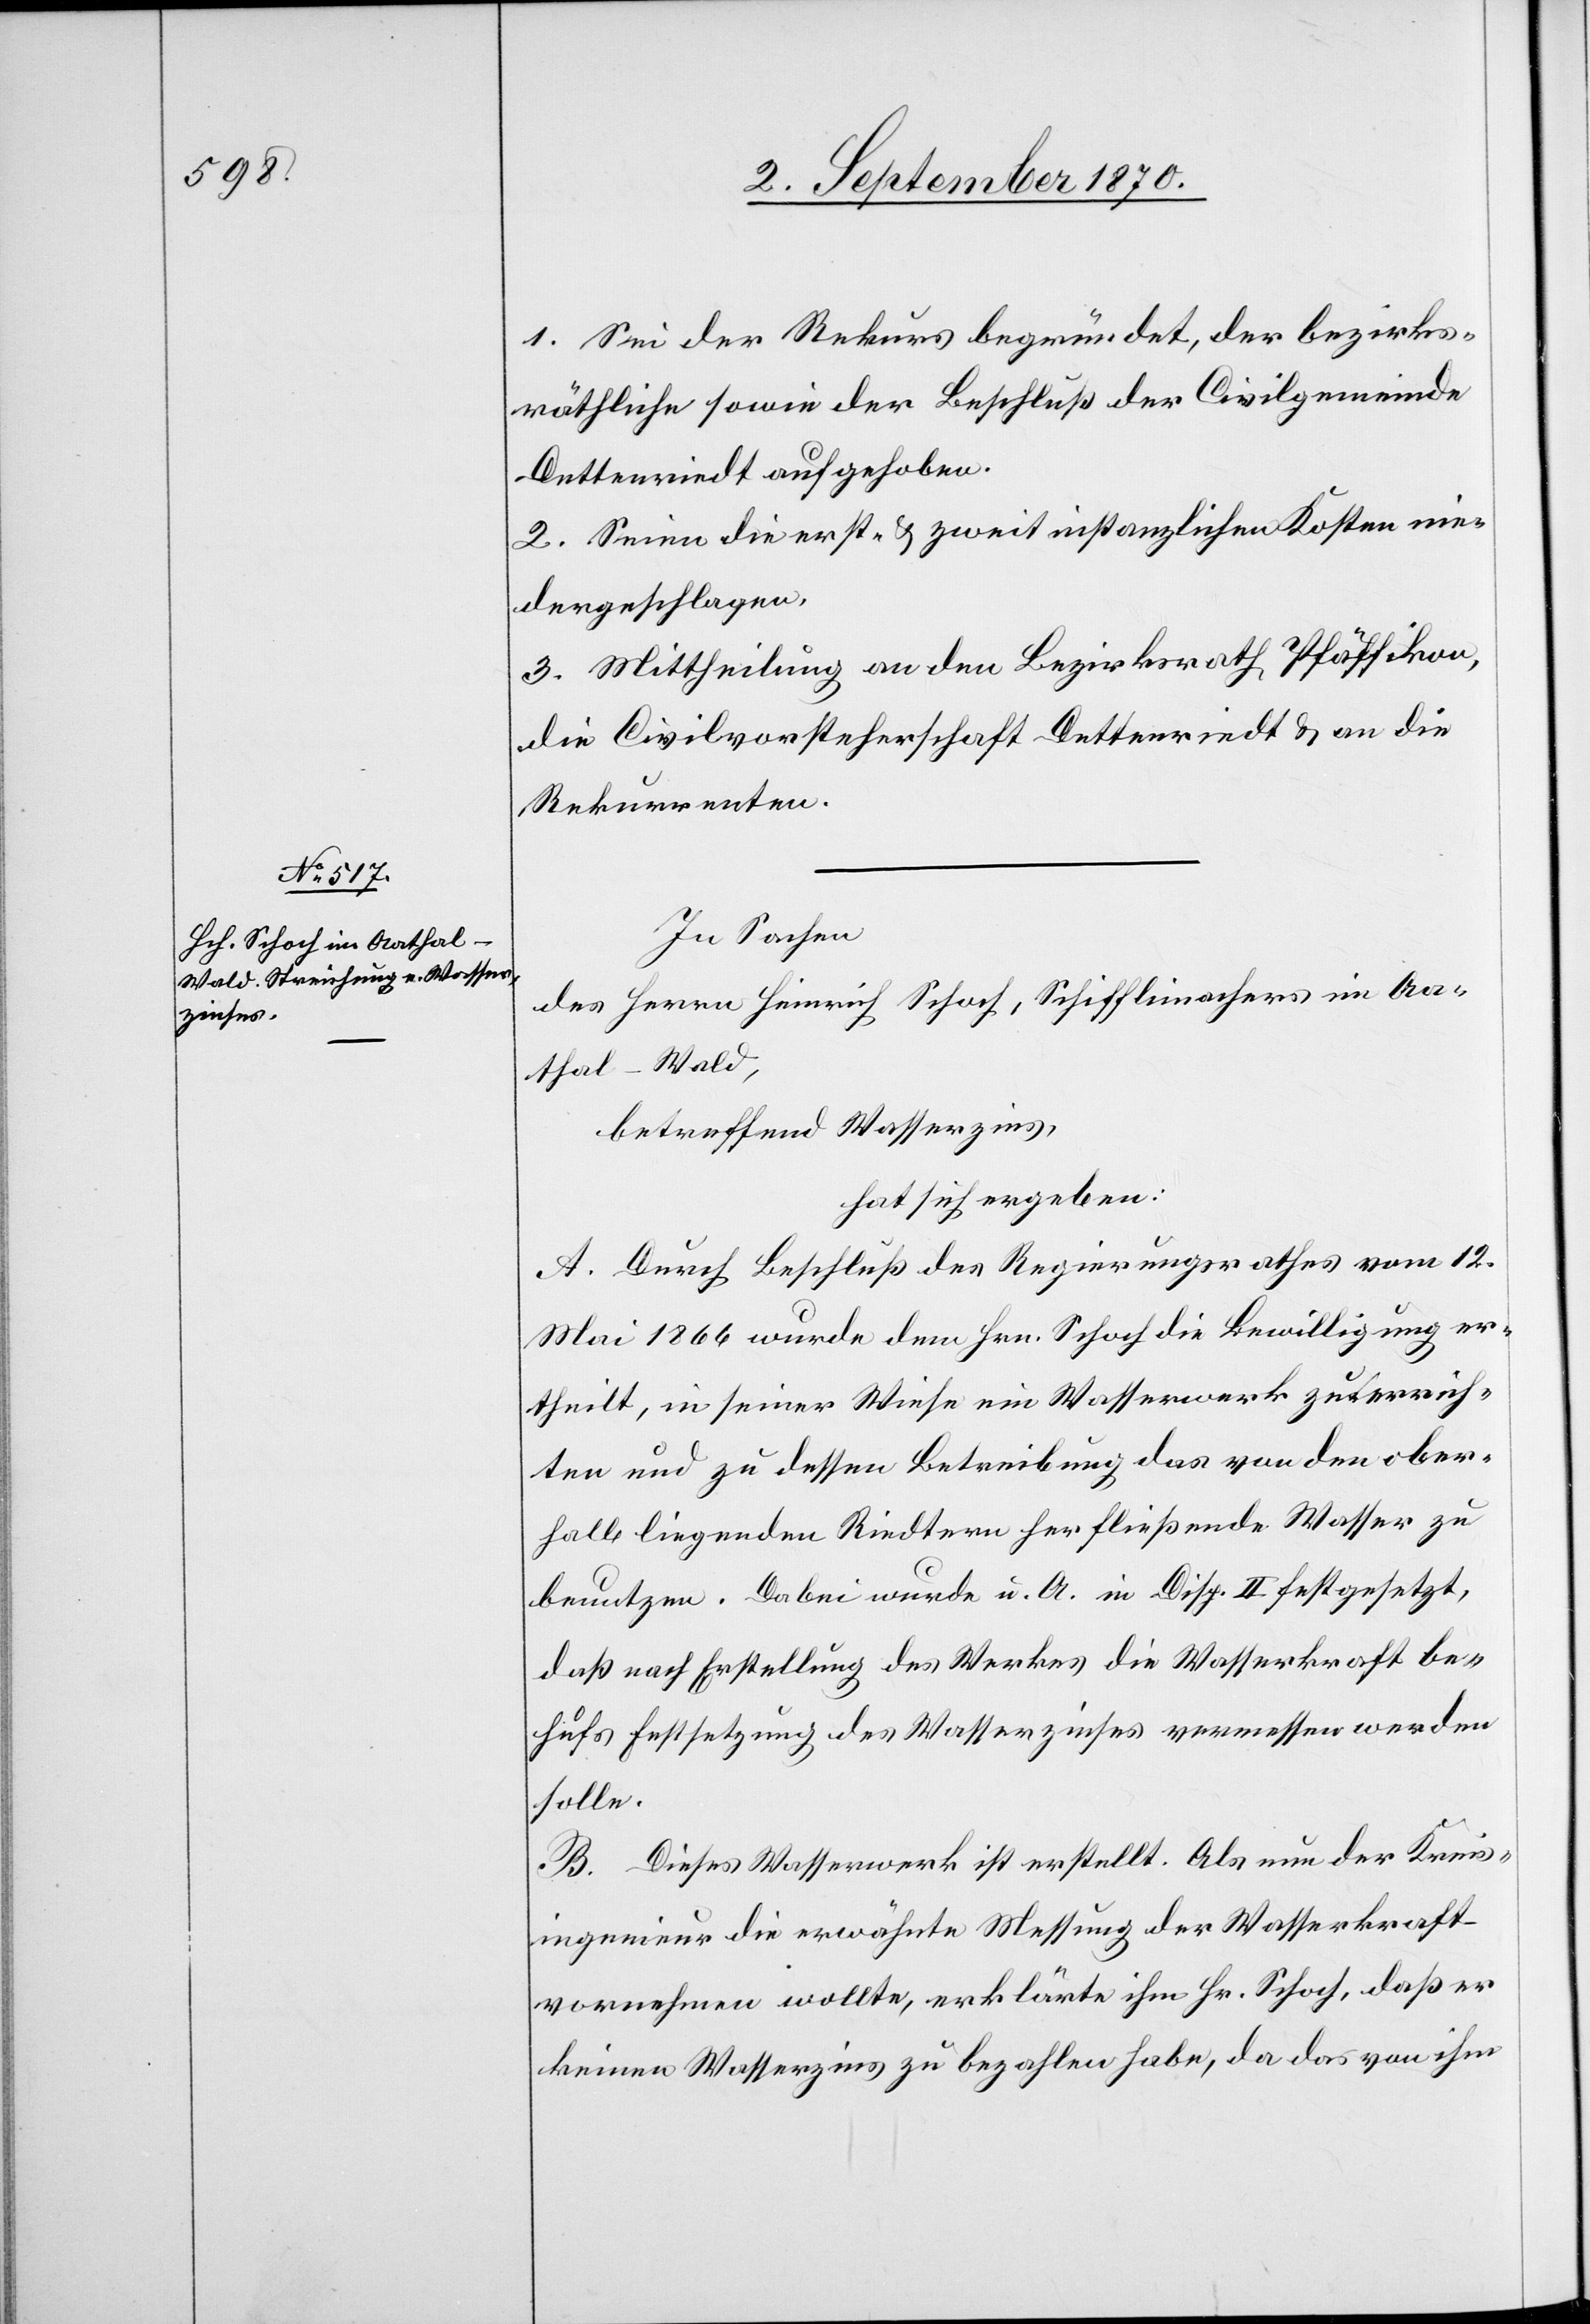
1. Sei der Rekurs begründet, der bezirks¬
rähtliche sowie der Beschluß der Civilgemeinde
Dettenriedt aufgehoben.
2. Seien die erst- & zweitinstanzlichen Kosten nie¬
dergeschlagen.
3. Mittheilung an die Bezirksrath Pfäffikon,
die Civilvorsteherschaft Dettenriedt & an die
Rekurrenten.
In Sachen
des Herrn Heinrich Schoch, Schifflimachers im Aa¬
thal - Wald,
betreffend Wasserzins,
hat sich ergeben:
A. Durch Beschluß des Regierungsrathes vom 12.
Mai 1866 wurde dem Hrn. Schoch die Bewilligung er¬
theilt, in seiner Wiese ein Wasserwerk zu errich¬
ten und zu dessen Betreibung das von den ober¬
halb liegenden Riedtern her fließende Wasser zu
benutzen. Dabei wurde u. A. in Disp. II festgesetzt,
daß nach Erstellung des Werkes die Wasserkraft be¬
hufs Festsetzung des Wasserzinses vermessen werden
solle.
B. Dieses Wasserwerk ist erstellt. Als nun der Kreis¬
ingenieur die erwähnte Messung der Wasserkraft
vornehmen wollte, erklärte ihm Hr. Schoch, daß er
keinen Wasserzins zu bezahlen habe, da das von ihm